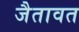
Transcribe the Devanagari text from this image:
जैतावत